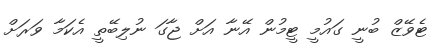
ޓެވޭޒް ބުނީ ގައުމީ ޓީމުން އޭނާ އަށް ޖާގަ ނުލިބޭތީ އެކަމާ ވަރަށް